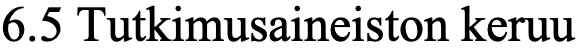
6.5 Tutkimusaineiston keruu